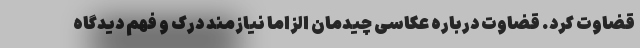
قضاوت کرد. قضاوت درباره عکاسی چیدمان الزاما نیازمند درک و فهم دیدگاه